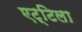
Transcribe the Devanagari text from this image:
एट्टिला